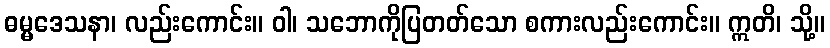
ဓမ္မဒေသနာ၊ လည်းကောင်း။ ဝါ၊ သဘောကိုပြတတ်သော စကားလည်းကောင်း။ ဣတိ၊ သို့။